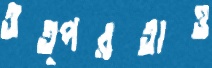
তত্পরতাও